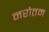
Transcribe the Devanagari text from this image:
नरोतम